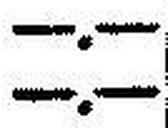
—.—